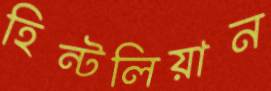
হিন্টলিয়ান